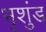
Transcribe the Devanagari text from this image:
भृशुंड